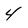
Character: 4